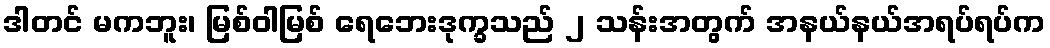
ဒါတင် မကဘူး၊ မြစ်ဝါမြစ် ရေဘေးဒုက္ခသည် ၂ သန်းအတွက် အနယ်နယ်အရပ်ရပ်က